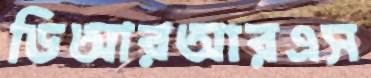
ডিআরআরএস